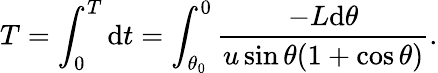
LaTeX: T=\int_{0}^{T}\mathrm{d}t=\int_{\theta_{0}}^{0}\frac{-L\mathrm{d}\theta}{u\sin\theta(1+\cos\theta)}.